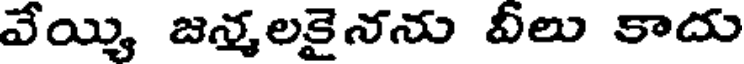
వేయ్యి జన్మలకైనను వీలు కాదు